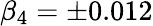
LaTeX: \beta_{4}=\pm 0.012